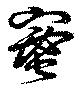
蜜